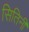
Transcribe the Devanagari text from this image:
सितिनी